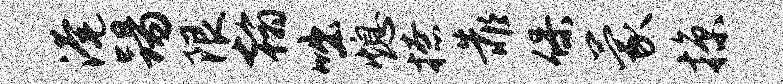
淹踢限翰咄熄撩靠保蒙掠